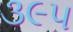
૩૯૫